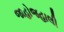
જાહોજહાલી